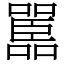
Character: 嚚